Punjab Mental Hospital Lahore 1932-46 - 1932-1946
Year: 1932
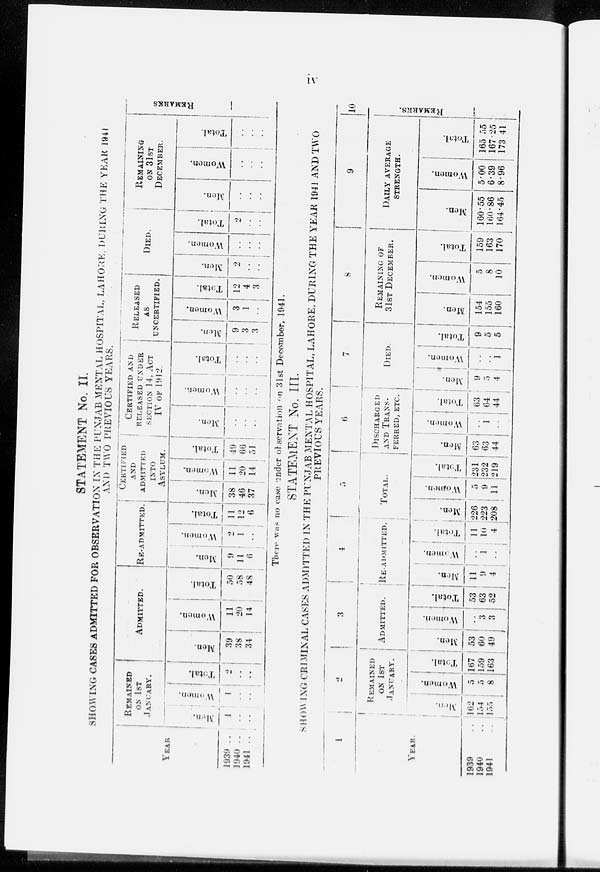
iv.
STATEMENT No. II.
SHOWING CASES ADMITTED FOR OBSERVATION IN THE PUNJAB MENTAL HOSPITAL, LAHORE, DURING THE YEAR 1941
AND TWO PREVIOUS YEARS.
YEAR
1939 ..
1940 ..
1941 ..
REMAINED
ON 1ST
JANUARY.
Men.
1
..
..
Women.
1
..
..
Total.
2
..
..
ADMITTED.
Men.
39
38
34
Women.
11
20
14
Total.
50
58
48
RE-ADMITTED.
Men.
9
11
6
Women.
2
1
..
Total.
11
12
6
CERTIFIED
AND
ADMITTED
INTO
ASYLUM.
Men.
38
46
37
Women.
11
20
14
Total.
49
66
51
CERTIFIED AND
RELEASED UNDER
SECTION 14, ACT
IV OF 1912.
Men.
..
..
..
Women.
..
..
..
Total.
..
..
..
RELEASED
AS
UNCERTIFIED.
Men.
9
3
3
Women.
3
1
..
Total.
12
4
3
DIED.
Men.
2
..
..
Women.
..
..
..
Total.
2
..
..
REMAINING
ON
31ST
DECEMBER.
Men.
..
..
..
Women.
..
..
..
Total.
..
..
..
REMARKS
There was no case under observation on 31st December, 1941.
STATEMENT No. III.
SHOWING CRIMINAL CASES ADMITTED IN THE PUNJAB MENTAL HOSPITAL, LAHORE, DURING THE YEAR 1941 AND TWO
PREVIOUS YEARS.
1
YEAR.
1939 ..
1940 ..
1941 ..
2
REMAINED
ON 1ST
JANUARY.
Men.
162
154
155
Women.
5
5
8
Total.
167
159
163
3
ADMITTED.
Men.
53
60
49
Women.
..
3
3
Total.
53
63
52
4
RE-ADMITTED.
Men.
11
9
4
Women.
..
1
..
Total.
11
10
4
5
TOTAL.
Men.
226
223
208
Women.
5
9
11
Total.
231
232
219
6
DISCHARGED
AND TRANS-
FERRED, ETC.
Men.
63
63
44
Women.
..
1
..
Total.
63
64
44
7
DIED.
Men.
9
5
4
Women.
..
..
1
Total.
9
5
5
8
REMANINIG OF
31ST DECEMBER.
Men.
154
155
160
Women.
5
8
10
Total.
159
163
170
9
DAILY AVERAGE
STRENGTH.
Men.
160.55
160.86
164.45
Women.
5.00
6.39
8.96
Total.
165.55
167.25
173.41
10
REMARKS